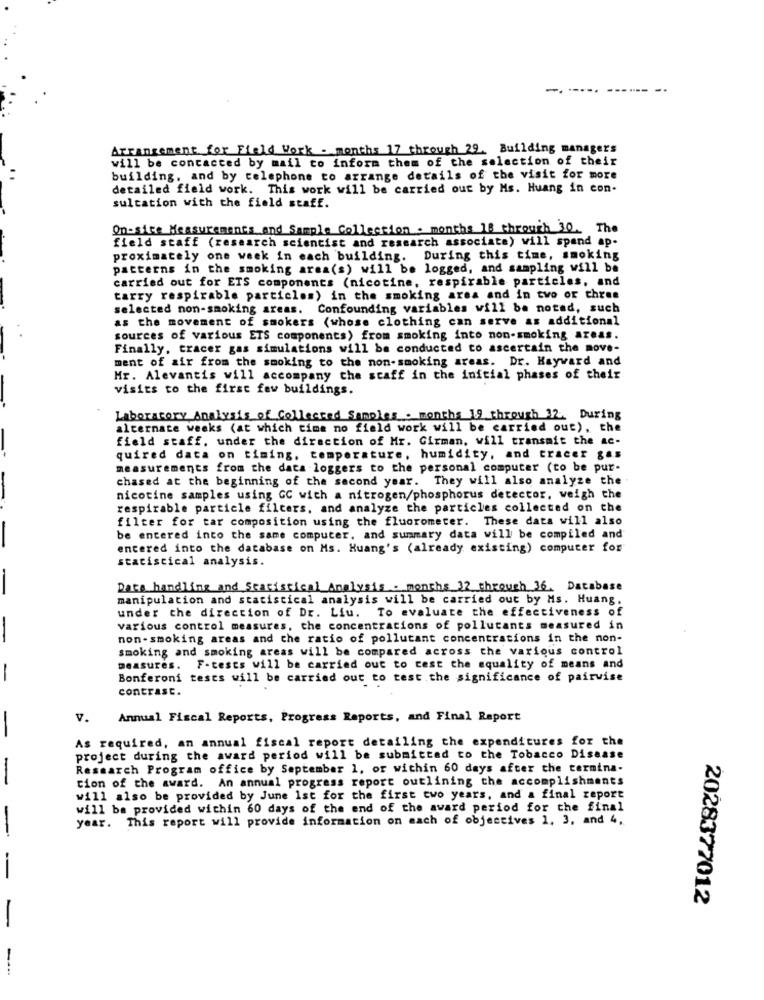
-. ----.
Arrangement for Field Work - months 17 through 29. Building managers
will be contacted by mail to inform them of the selection of their
building, and by telephone to arrange details of the visit for more
detailed field work. This work will be carried out by Ms. Huang in con-
sultation with the field staff.
On-site Measurements and Sample Collection . months 18 through 30. The
field staff (research scientist and research associate) will spend ap.
proximately one week in each building. During this time, smoking
patterns in the smoking area(s) will be logged, and sampling will be
carried out for ETS components (nicotine, respirable particles, and
tarry respirable particles) in the smoking area and in two or three
selected non-smoking areas. Confounding variables will be noted, such
as the movement of smokers (whose clothing can serve as additional
sources of various ETS components) from smoking into non-smoking areas.
Finally, tracer gas simulations will be conducted to ascertain the move-
ment of air from the smoking to the non-smoking areas. Dr. Hayward and
Hr. Alevantis will accompany the staff in the initial phases of their
visits to the first few buildings.
Laboratory Analysis of Collected Samples . months 19 through 32. During
alternate weeks (at which time no field work will be carried out), the
field staff. under the direction of Mr. Girman, will transmit the ac-
quired data on timing. temperature, humidity, and tracer gas
measurements from the data loggers to the personal computer (to be pur-
chased at the beginning of the second year. They will also analyze the .
nicotine samples using GC with a nitrogen/phosphorus detector, weigh che
respirable particle filters, and analyze the particles collected on the
filter for tar composition using the fluorometer. These data will also
be entered into the same computer, and summary data will be compiled and
entered into the database on Ms. Huang's (already existing) computer for
statistical analysis.
Data handling and Statistical Analysis . months 32_through 36. Database
manipulation and statistical analysis will be carried out by Ms. Huang.
under the direction of Dr. Liu. To evaluate the effectiveness of
various control measures, che concentrations of pollutants measured in
non-smoking areas and the ratio of pollutant concentrations in the non-
smoking and smoking areas will be compared across the various control
measures. F-tests will be carried out to test the aquality of means and
-
Bonferoni teses will be carried out to test the significance of pairwise
contraSt.
V. Annual Fiscal Reports, Progress Reports, and Final Report
-
As required, an annual fiscal report detailing the expenditures for the
project during the award period will be submitted to the Tobacco Disease
Research Program office by September 1, or within 60 days after the termina-
-
tion of the award. An annual progress report outlining the accomplishments
will also be provided by June Ist for the first two years, and a final report
will be provided within 60 days of the end of the award period for the final
year. This report will provide information on mach of objectives 1, 3, and 4,
-
-
2028377012
-